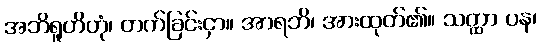
အဘိရူဟိတုံ၊ တက်ခြင်းငှာ။ အာရဘိ၊ အားထုတ်၏။ သတ္ထာ ပန၊